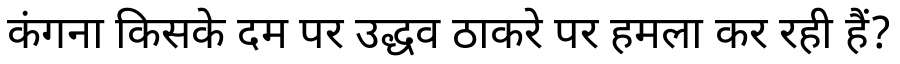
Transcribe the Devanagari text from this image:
कंगना किसके दम पर उद्धव ठाकरे पर हमला कर रही हैं?